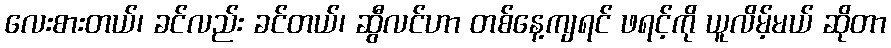
လေးစားတယ်၊ ခင်လည်း ခင်တယ်၊ ဆွီလင်ဟာ တစ်နေ့ကျရင် ဖရင့်ကို ယူလိမ့်မယ် ဆိုတာ